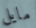
مايل